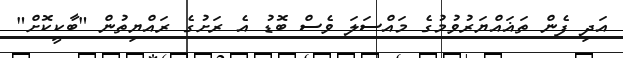
އަދި ފެން ތަޣައްޔަރުވުމުގެ މައްސަލަ ވެސް ބޮޑު އެ ރަށުގެ ރައްޔިތުން "ބާކީކޮށް"